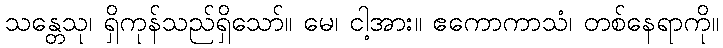
သန္တေသု၊ ရှိကုန်သည်ရှိသော်။ မေ၊ ငါ့အား။ ဧကောကာသံ၊ တစ်နေရာကို။